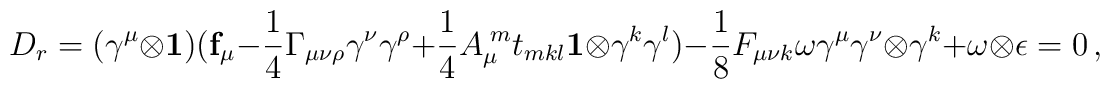
D_r=(\gamma^\mu \otimes \mathbf{1})(\mathbf{f}_\mu -          \frac{1}{4} \Gamma_{\mu\nu\rho}\gamma^\nu\gamma^\rho +         \frac{1}{4} A_\mu^{\;m}t_{mkl}\mathbf{1} \otimes \gamma^k \gamma^l)         -\frac{1}{8} F_{\mu\nu k} \omega \gamma^\mu \gamma^\nu \otimes \gamma^k +         \omega \otimes \epsilon =0 \, ,